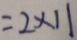
= 2 \times 1 1